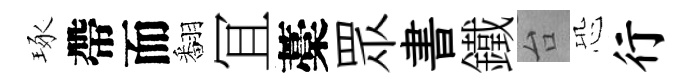
琢帶而翻冝藁眾書鐵台恐行